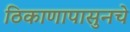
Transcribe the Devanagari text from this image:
ठिकाणापासुनचे